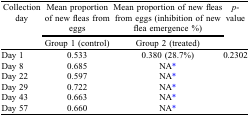
| Collection day | Mean proportion of new fleas from eggs | Mean proportion of new fleas from eggs (inhibition of new flea emergence %) | <ROWSPAN=2> p-value |
 |  | Group 1 (control) | Group 2 (treated) |
 | --- | --- | --- | --- |
 | Day 1 | 0.533 | 0.380 (28.7%) | 0.2302 |
 | Day 8 | 0.685 | NA* |  |
 | Day 22 | 0.597 | NA* |  |
 | Day 29 | 0.722 | NA* |  |
 | Day 43 | 0.663 | NA* |  |
 | Day 57 | 0.660 | NA* |  |